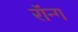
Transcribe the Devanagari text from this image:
रॉन्ग